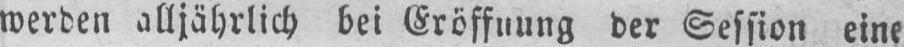
werden alljährlich bei Eröffnung der Session eine